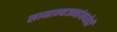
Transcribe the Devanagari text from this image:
सामान्यजनांमध्येही